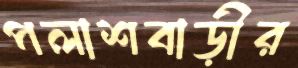
পলাশবাড়ীর